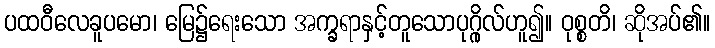
ပထဝီလေခူပမော၊ မြေ၌ရေးသော အက္ခရာနှင့်တူသောပုဂ္ဂိုလ်ဟူ၍။ ဝုစ္စတိ၊ ဆိုအပ်၏။